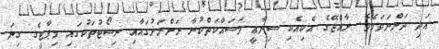
އަދި ދަންނަވަމެވެ. ރާއްޖޭގެ އެކިއެކި ސިނާޢީ މަސައްކަތްކުރާ ރަށްރަށުގައާއި ރިސޯޓުތަކުގައި މިޕާޓީގެ ގިނަ